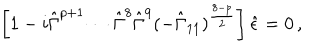
\left[ 1 - i \hat { \Gamma } ^ { p + 1 } \cdots \hat { \Gamma } ^ { 8 } \hat { \Gamma } ^ { 9 } ( - \hat { \Gamma } _ { 1 1 } ) ^ { \frac { 8 - p } { 2 } } \right] \hat { \epsilon } = 0 \, ,